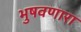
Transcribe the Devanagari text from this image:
भुषवणारा